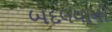
બદલવાનો